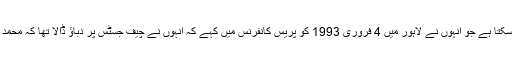
صرف اتنا ہی نہیں، جسٹس محمد افضل ظلہ کے معاملے میں جنرل اسلم بیگ کے وہ کلمات کون بھول سکتا ہے جو انہوں نے لاہور میں 4 فروری 1993 کو پریس کانفرنس میں کہے کہ انہوں نے چیف جسٹس پر دباﺅ ڈالا تھا کہ محمد خان جونیجو کی حکومت کو بحال کرنے کی ضرورت نہیں، نئے انتخابات کرانے کا حکم صادر کریں۔